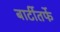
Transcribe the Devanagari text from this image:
बार्टीतर्फे